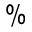
\%